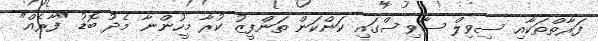
ފަރާތްތަކާއި ސިވިލް ސާވިސްގައި ކަންކަން ތަންފީޒު ކުރާ މީހުންނާ މެދު ބޮޑު "ފާރެއް"